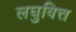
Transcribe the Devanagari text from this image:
लघुवित्त